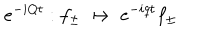
LaTeX: e ^ { - i Q t } : f _ { \pm } \; \mapsto \; e ^ { - i q t } f _ { \pm }